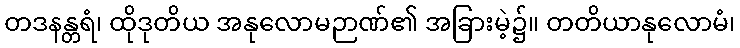
တဒနန္တရံ၊ ထိုဒုတိယ အနုလောမဉာဏ်၏ အခြားမဲ့၌။ တတိယာနုလောမံ၊